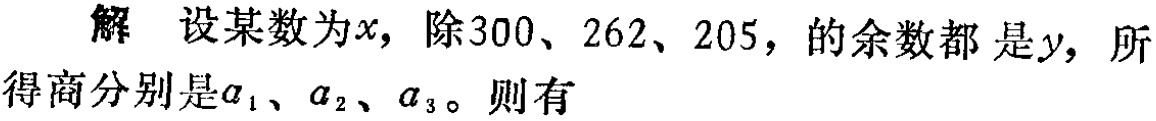
解 设某数为\(x\)，除\(300\)、\(262\)、\(205\)，的余数都 是\(y\)，所得商分别是\(a_{1}\)、\(a_{2}\)、\(a_{3}\)。则有